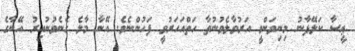
ޢީސާ ކަލޭފާނު މިނިވަންވީ އަރުވާލެވުނުތާ ހަތްއަހަރުވީ ފަހުންނެވެ. އޭނާ މާލެ ގެނެވުނުއިރު އޭނާގެ